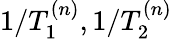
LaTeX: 1/T_{1}^{(n)},1/T_{2}^{(n)}